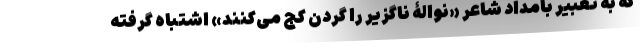
که به تعبیر بامداد شاعر «نوالۀ ناگزیر را گردن کج می‌کنند» اشتباه گرفته